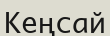
Кеңсай